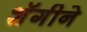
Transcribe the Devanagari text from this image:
शॅगीने